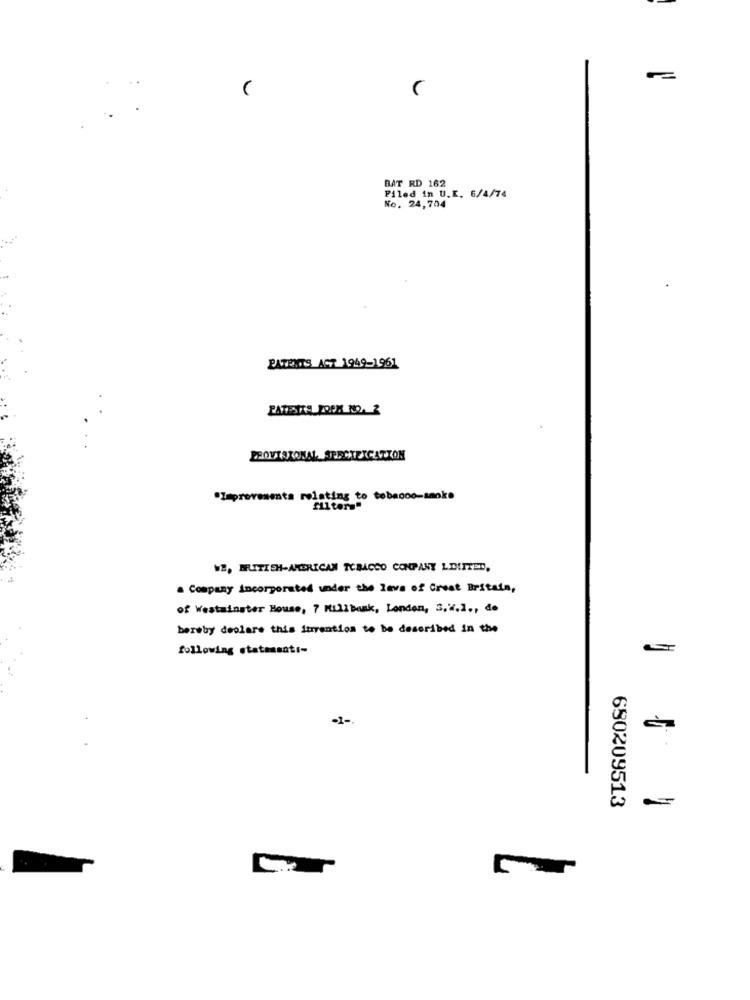
BAT RD 162
Filed in U.K. 6/4/74
No. 24,704
PATENTS ACT 1949-1961
RATESTITEL POPR NO. 2
PROVISIONAL SERATERCATION
"Improvementa relating to tobacoo-smoke
filters"
WE, BRUTISH-AMERICAN TOBACCO CONPANY LDIITED,
. Company incorporated under the love of Great Britain,
of Westminster House, 7 Millbank, London, S.W.1 ., do
hereby declare this invention to be described in the
following statessati-
-1-
680209513